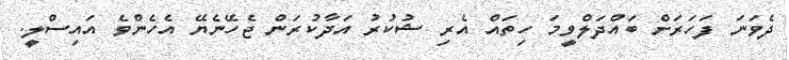
ދެވަނަ ފަހަރަށް ބައްދަލްވީމަ ހިތައް އެރި ޝުކުރު އަދާކުރަން ޖެހޭނެޔޭ އެހެންވެ އައިސްލީ.